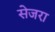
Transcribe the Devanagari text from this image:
सेजरा